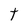
Character: t